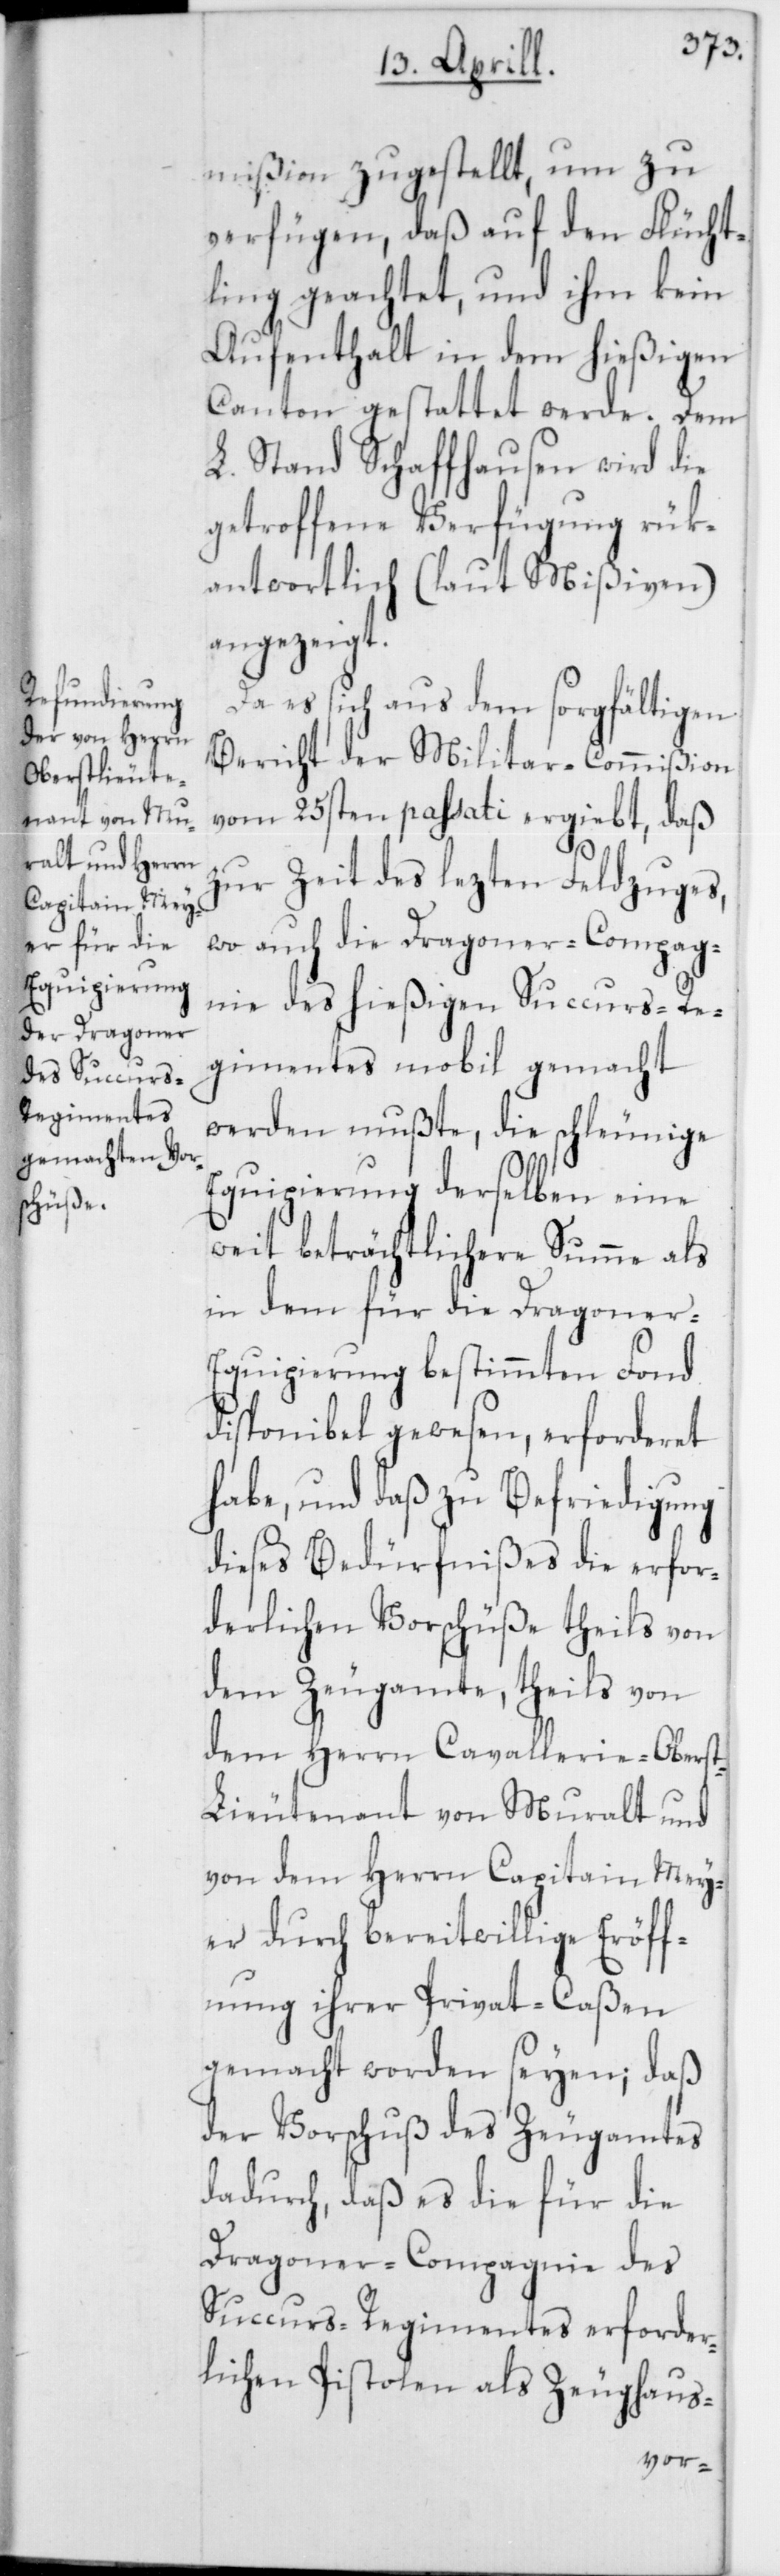
mißion zugestellt, um zu
verfügen, daß auf den Flücht¬
ling geachtet, und ihm kein
Aufenthalt in dem hießigen
Canton gestattet werde. Dem
L. Stand Schaffhausen wird die
getroffene Verfügung rük¬
antwortlich (laut Mißiven)
angezeigt.
Da es sich aus dem sorgfältigen
Bericht der Militar-Commißion
vom 25sten passati ergiebt, daß
zur Zeit des lezten Feldzuges,
wo auch die Dragoner-Compag¬
nie des hießigen Succurs-Re¬
gimentes mobil gemacht
werden mußte, die schleunige
Equipierung derselben eine
weit beträchtlichere Summe als
in dem für die Dragoner-E¬
quipierung bestimmten Fond
disponibel gewesen, erforderet
habe, und daß zu Befriedigung
dieses Bedürfnißes die erfor¬
derlichen Vorschüße theils von
dem Zeugamte, theils von
dem Herrn Cavallerie-Obers¬
t-Lieutenant von Muralt und
von dem Herrn Capitain Mey¬
er durch bereitwillige Eröff¬
nung ihrer Privat-Caßen
gemacht worden seyen; daß
der Vorschuß des Zeugamtes
dadurch, daß es die für die
Dragoner-Compagnie des
Succurs-Regimentes erforder¬
lichen Pistolen als Zeughaus-